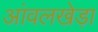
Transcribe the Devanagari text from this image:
आंवलखेड़ा